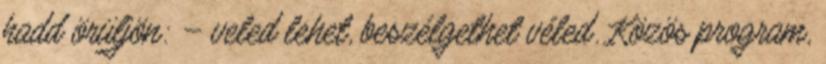
hadd örüljön: – veled lehet, beszélgethet véled. Közös program,